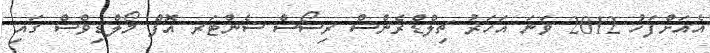
އެއަށްފަހު 2012 ވަނަ އަހަރު ޗިލްޑްރެންސް ރިސޯސް ސެންޓަރ އޮފް މޯލްޑިވްސް ގައި